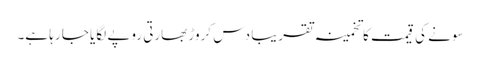
سونے کی قیمت کا تخمینہ تقریبا دس کروڑ بھارتی روپے لگایا جا رہا ہے۔